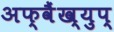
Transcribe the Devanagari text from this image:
अफ्वैंख्युप्